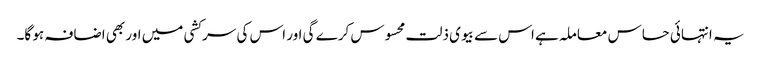
یہ انتہائی حساس معاملہ ہے اس سے بیوی ذلت محسوس کرے گی اور اس کی سرکشی میں اور بھی اضافہ ہو گا۔